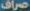
صراف